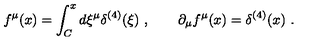
f ^ { \mu } ( x ) = \int _ { C } ^ { x } d \xi ^ { \mu } \delta ^ { ( 4 ) } ( \xi ) \ , \qquad \partial _ { \mu } f ^ { \mu } ( x ) = \delta ^ { ( 4 ) } ( x ) \ .